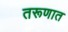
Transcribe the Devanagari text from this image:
तरूणात